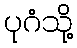
ပုဂံသို့